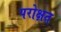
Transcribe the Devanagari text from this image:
परोक्षत